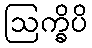
ဩက္ခိပိ